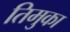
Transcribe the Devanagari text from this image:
तिमुका